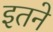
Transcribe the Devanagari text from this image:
इतने